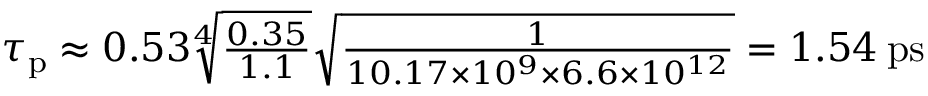
\begin{array} { r } { \tau _ { \mathrm { p } } \approx 0 . 5 3 \sqrt [ 4 ] { \frac { 0 . 3 5 } { 1 . 1 } } \sqrt { \frac { 1 } { 1 0 . 1 7 \times 1 0 ^ { 9 } \times 6 . 6 \times 1 0 ^ { 1 2 } } } = 1 . 5 4 \: \mathrm { p s } } \end{array}